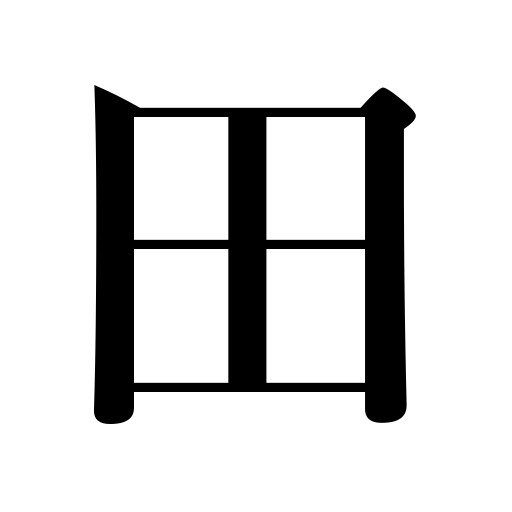
Meanings: paddy field,rice field